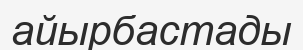
айырбастады